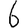
Digit: 6